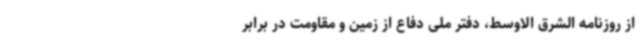
از روزنامه الشرق الاوسط، دفتر ملی دفاع از زمین و مقاومت در برابر